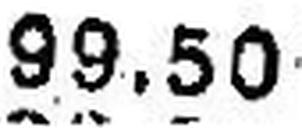
99.50